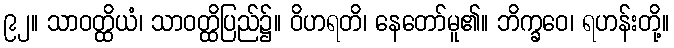
၉၂။ သာဝတ္ထိယံ၊ သာဝတ္ထိပြည်၌။ ဝိဟရတိ၊ နေတော်မူ၏။ ဘိက္ခဝေ၊ ရဟန်းတို့။